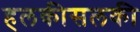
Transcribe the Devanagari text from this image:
हलकीसलकी